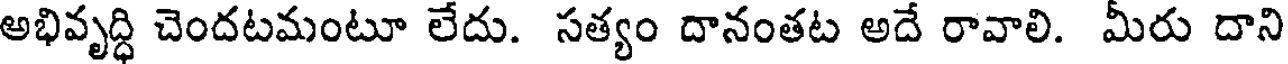
అభివృద్ధి చెందటమంటూ లేదు. సత్యం దానంతట అదే రావాలి. మీరు దాని